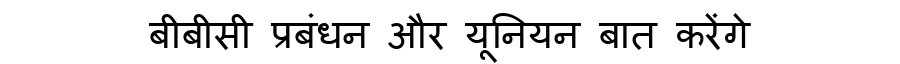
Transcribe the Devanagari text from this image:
बीबीसी प्रबंधन और यूनियन बात करेंगे